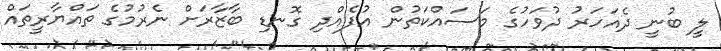
ލީ ބުނީ ދެއަހަރު ދުވަހުގެ މަސައްކަތުން އުފެއްދި ގޮނޑި ބާޒާރަށް ނެރުމުގެ ތައްޔާރީތައް